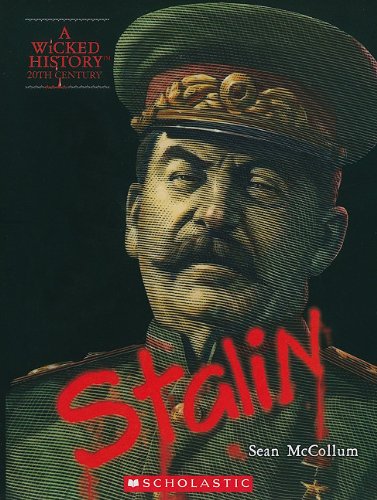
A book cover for Joseph Stalin (Wicked History); Sean McCollum; Teen & Young Adult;